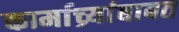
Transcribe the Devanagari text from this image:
कार्माच्र्यांबाबत